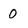
Character: 0